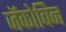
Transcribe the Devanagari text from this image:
जॅकोबिन